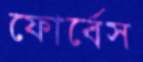
ফোর্বেস